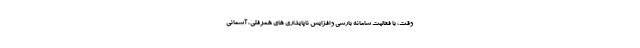
وقت، با فعالیت سامانه بارشی و افزایش ناپایداری های همرفتی، آسمانی